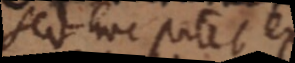
Sed hoc patet ex